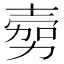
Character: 𭐔